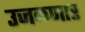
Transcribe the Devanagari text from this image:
उजळणार